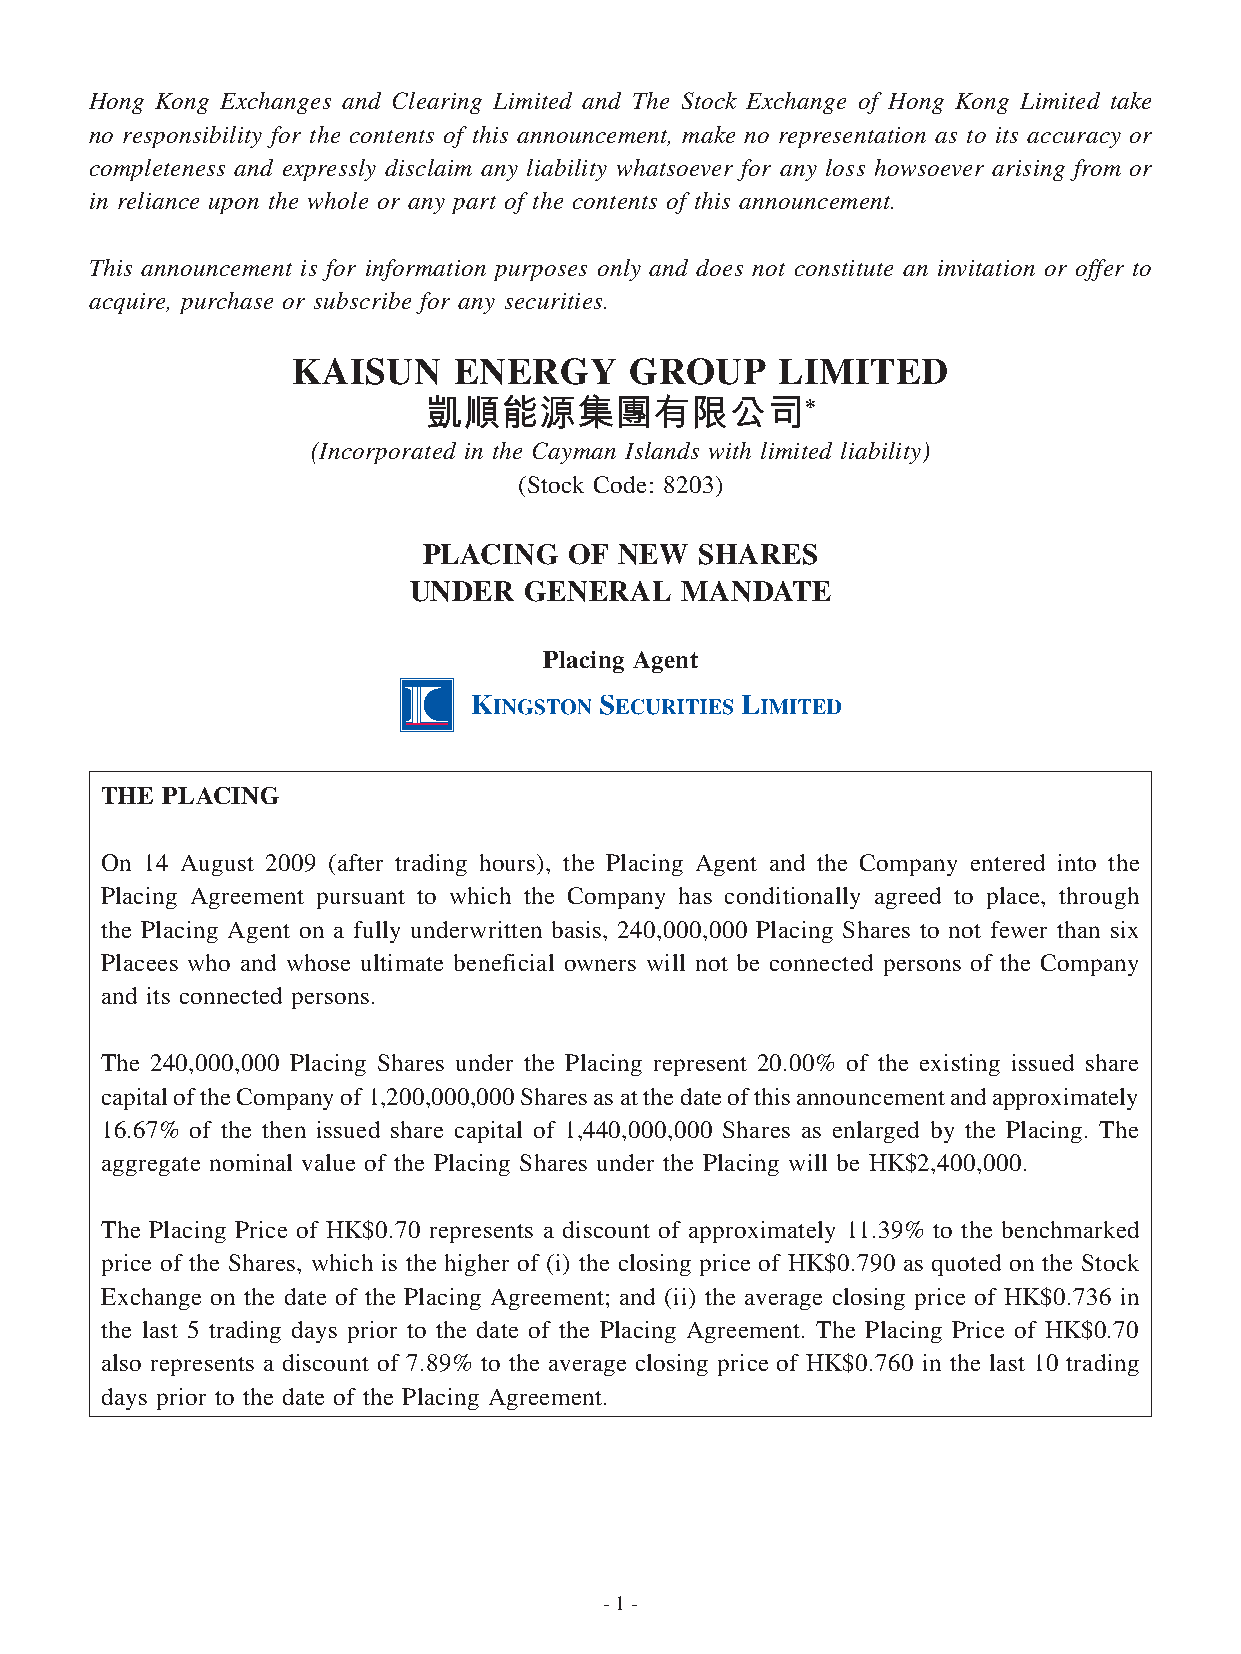
Hong Kong Exchanges and Clearing Limited and The Stock Exchange of Hong Kong Limited take
 no responsibility for the contents of this announcement, make no representation as to its accuracy or
 completeness and expressly disclaim any liability whatsoever for any loss howsoever arising from or
 in reliance upon the whole or any part of the contents of this announcement.
 This announcement is for information purposes only and does not constitute an invitation or offer to
 acquire, purchase or subscribe for any securities.
 KAISUN     ENERGY      GROUP    LIMITED
 凱順能源集團有限公司*
 (Incorporated in the Cayman Islands with limited liability)
 (Stock Code: 8203)
 PLACING   OF NEW  SHARES
 UNDER   GENERAL   MANDATE
 Placing Agent
 THE PLACING
 On 4 August 2009 (after trading hours), the Placing Agent and the Company entered into the
 Placing Agreement pursuant to which the Company has conditionally agreed to place, through
 the Placing Agent on a fully underwritten basis, 240,000,000 Placing Shares to not fewer than six
 Placees who and whose ultimate beneficial owners will not be connected persons of the Company
 and its connected persons.
 The 240,000,000 Placing Shares under the Placing represent 20.00% of the existing issued share
 capital of the Company of ,200,000,000 Shares as at the date of this announcement and approximately
 6.67% of the then issued share capital of ,440,000,000 Shares as enlarged by the Placing. The
 aggregate nominal value of the Placing Shares under the Placing will be HK$2,400,000.
 The Placing Price of HK$0.70 represents a discount of approximately .39% to the benchmarked
 price of the Shares, which is the higher of (i) the closing price of HK$0.790 as quoted on the Stock
 Exchange on the date of the Placing Agreement; and (ii) the average closing price of HK$0.736 in
 the last 5 trading days prior to the date of the Placing Agreement. The Placing Price of HK$0.70
 also represents a discount of 7.89% to the average closing price of HK$0.760 in the last 0 trading
 days prior to the date of the Placing Agreement.
 -  -